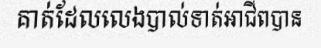
គាត់ដែលលេងបាល់ទាត់អាជីពបាន